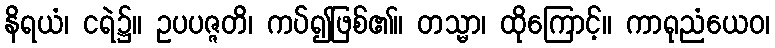
နိရယံ၊ ငရဲ၌။ ဥပပဇ္ဇတိ၊ ကပ်၍ဖြစ်၏။ တသ္မာ၊ ထိုကြောင့်။ ကာရုညံယေဝ၊